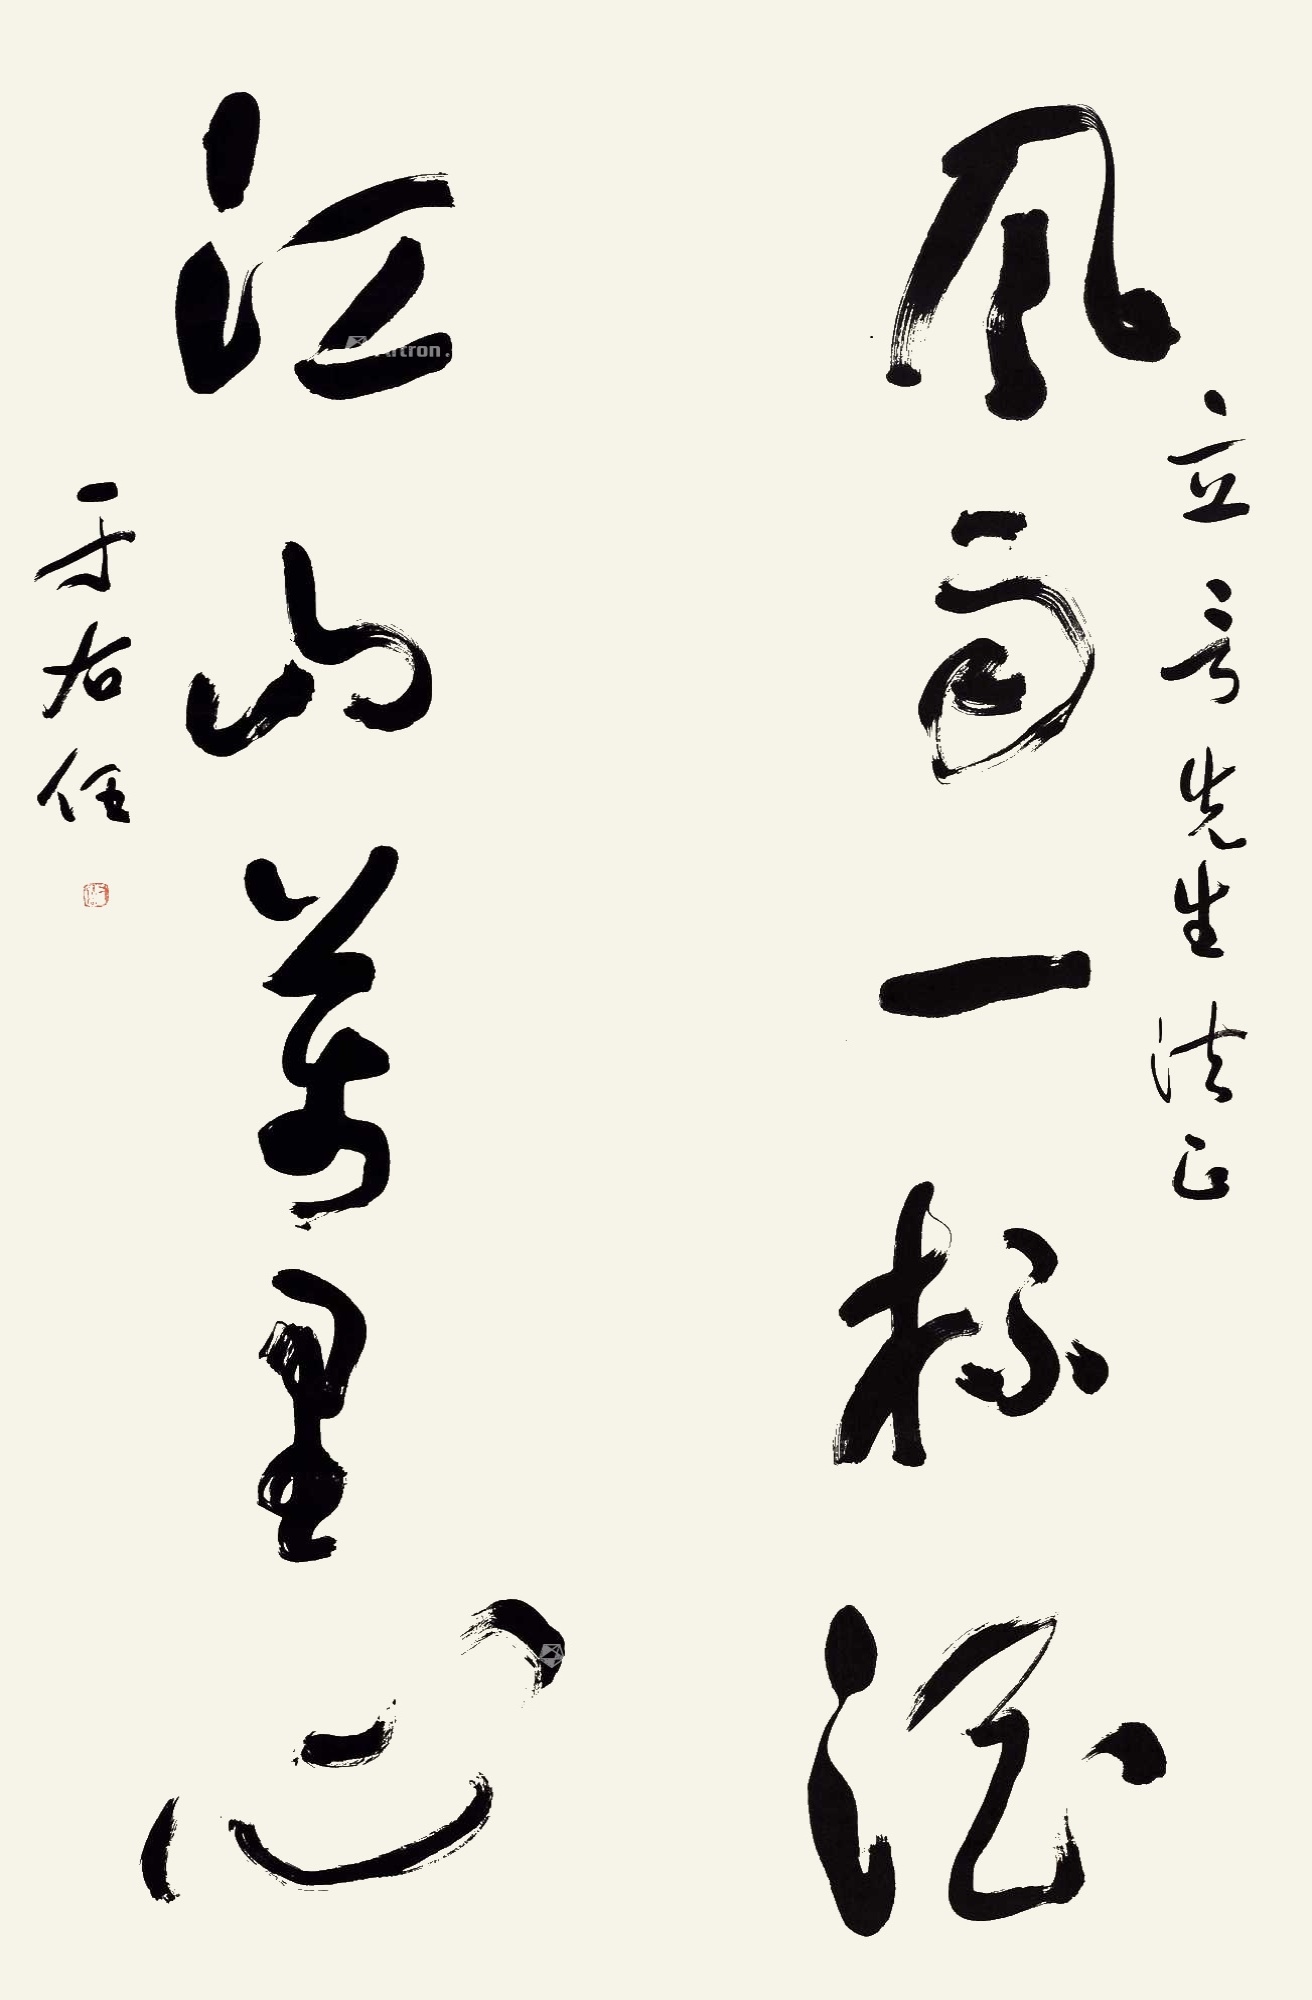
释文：风雨一杯酒，江山万里心。立言先生法正。于右任。